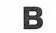
B